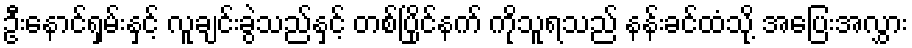
ဦးနောင်ရှမ်းနှင့် လူချင်းခွဲသည်နှင့် တစ်ပြိုင်နက် ကိုသူရသည် နန်းခင်ထံသို့ အပြေးအလွှား